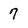
Character: 7